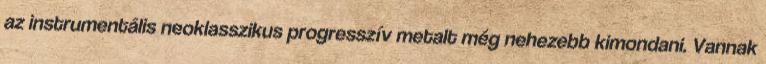
az instrumentális neoklasszikus progresszív metalt még nehezebb kimondani. Vannak